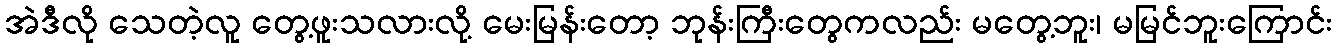
အဲဒီလို သေတဲ့လူ တွေ့ဖူးသလားလို့ မေးမြန်းတော့ ဘုန်းကြီးတွေကလည်း မတွေ့ဘူး၊ မမြင်ဘူးကြောင်း